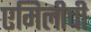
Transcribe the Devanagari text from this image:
एमिलीची